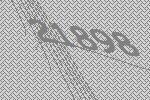
21898